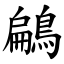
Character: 鶣